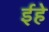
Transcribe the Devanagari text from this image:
ईहे